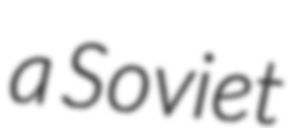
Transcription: a Soviet